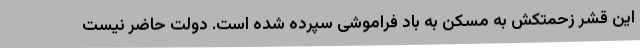
این قشر زحمتکش به مسکن به باد فراموشی سپرده شده است. دولت حاضر نیست